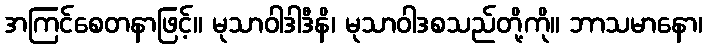
အကြင်စေတနာဖြင့်။ မုသာဝါဒါဒီနိ၊ မုသာဝါဒစသည်တို့ကို။ ဘာသမာနော၊